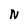
Character: N